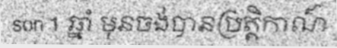
son 1 ឆ្នាំ មុនចង់បានប្រត្តិកាណ៏